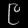
Digit: ၉